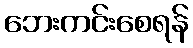
ဘေးကင်းစေရန်